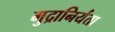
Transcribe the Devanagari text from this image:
मुद्रानिर्यंता